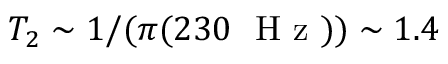
T _ { 2 } \sim 1 / ( \pi ( 2 3 0 ~ \mathrm { ~ H ~ z ~ } ) ) \sim 1 . 4